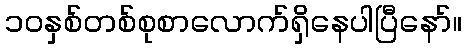
၁၀နှစ်တစ်စုစာလောက်ရှိနေပါပြီနော်။